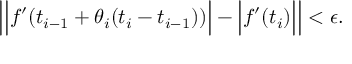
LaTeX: \left| { \Big | } f ^ { \prime } ( t _ { i - 1 } + \theta _ { i } ( t _ { i } - t _ { i - 1 } ) ) { \Big | } - { \Big | } f ^ { \prime } ( t _ { i } ) { \Big | } \right| < \epsilon .